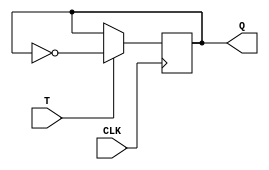
module t_ff (
  input T, // input signal
  input CLK, // clock signal
  output reg Q // output signal
);

always @(posedge CLK) begin
  if (T) begin
    Q <= ~Q; // toggle the output
  end
end

endmodule